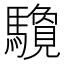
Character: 𱄶